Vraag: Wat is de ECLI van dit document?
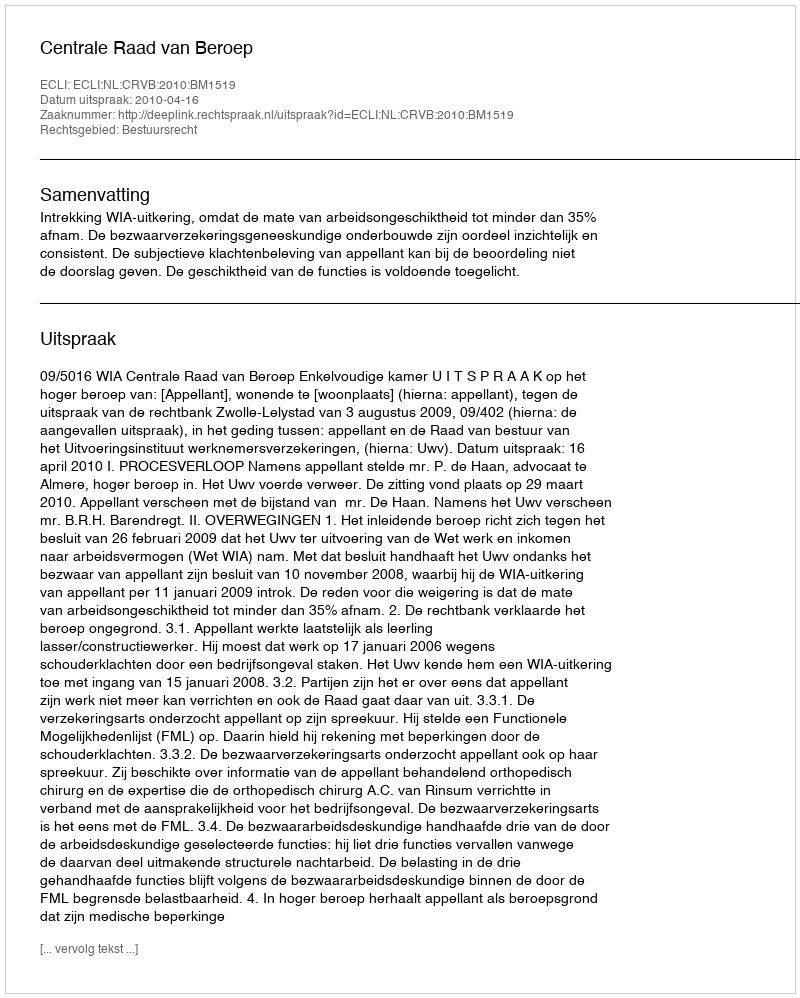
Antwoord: ECLI:NL:CRVB:2010:BM1519